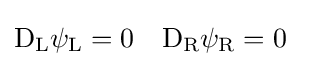
{\begin{aligned}\mathrm {D} _{\rm {L}}\psi _{\rm {L}}&=0&\mathrm {D} _{\rm {R}}\psi _{\rm {R}}&=0\end{aligned}}